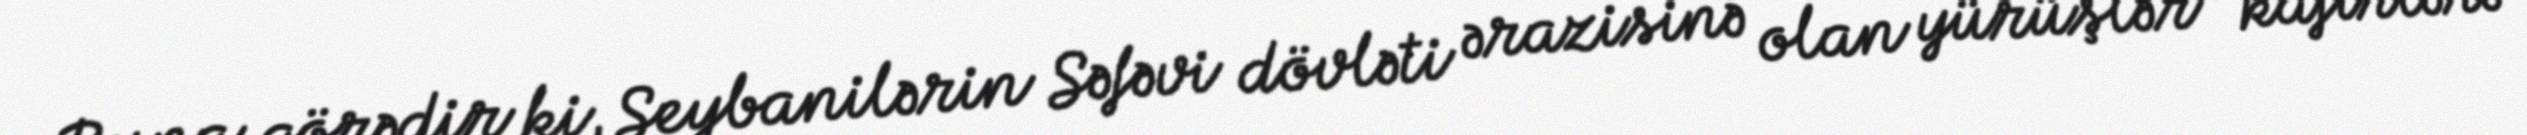
Buna görədir ki, Şeybanilərin Səfəvi dövləti ərazisinə olan yürüşlər "kafirlərə